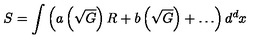
S = \int { \left( a \left( \sqrt { G } \right) R + b \left( \sqrt { G } \right) + \ldots \right) d ^ { d } x }